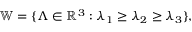
\mathbb { W } = \{ \boldsymbol { \Lambda } \in \mathbb { R } ^ { 3 } : \lambda _ { 1 } \geq \lambda _ { 2 } \geq \lambda _ { 3 } \} ,